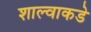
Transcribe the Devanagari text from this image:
शाल्वाकडे